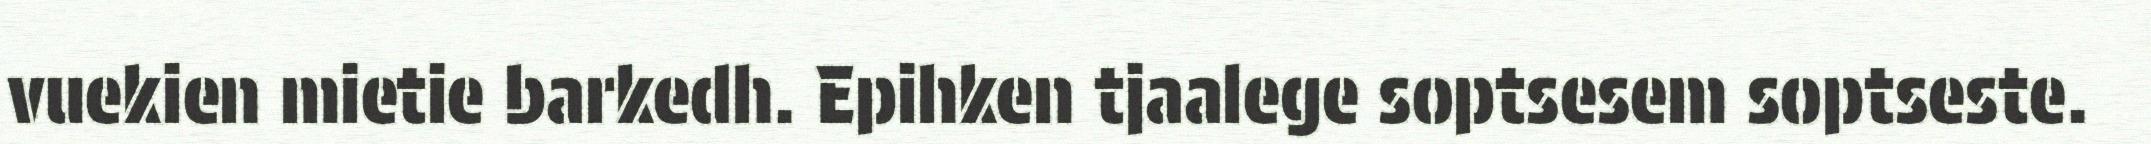
vuekien mietie barkedh. Epihken tjaalege soptsesem soptseste.